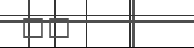
٥٣